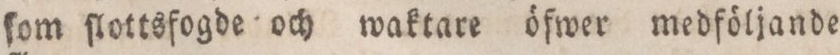
ſom ſlottsfogde och waktare öfwer medföljande